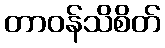
တာဝန်သိစိတ်